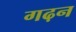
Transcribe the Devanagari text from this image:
गढ़न